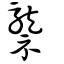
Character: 龒